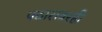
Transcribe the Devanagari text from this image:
पठारावरही